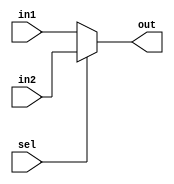
module mux_2_input #(parameter integer WORD_LENGTH = 8) (in1, in2, sel, out);
	input wire sel;
	input wire [WORD_LENGTH-1:0] in1, in2;
	output reg [WORD_LENGTH-1:0] out;
	always @(sel) begin
		if (sel)
			out <= in2;
		else
			out <= in1;
	end
endmodule